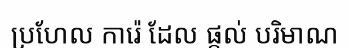
ប្រហែល ការ៉េ ដែល ផ្តល់ បរិមាណ